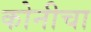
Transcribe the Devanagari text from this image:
कोनीचा